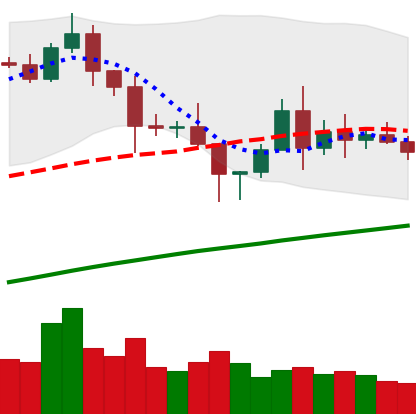
Ticker: BNB-USD
Chart end date: 2020-11-12
Forward return: 3.316%
Label: up_3_5